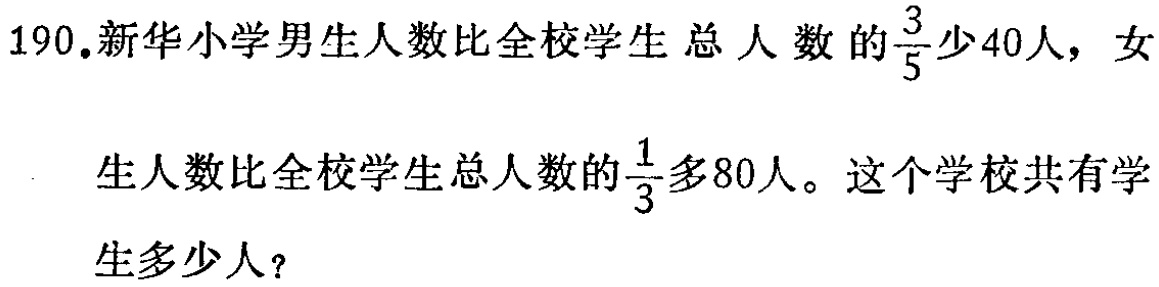
190.新华小学男生人数比全校学生总人数的$\frac{3}{5}$少40人，女生人数比全校学生总人数的$\frac{1}{3}$多80人。这个学校共有学生多少人？